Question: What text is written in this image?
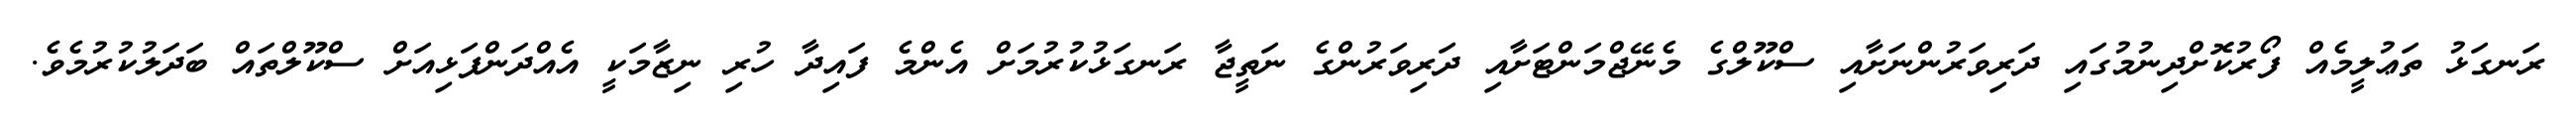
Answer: ރަނގަޅު ތަޢުލީމެއް ފޯރުކޮށްދިނުމުގައި ދަރިވަރުންނަށާއި ސްކޫލްގެ މެނޭޖްމަންޓަށާއި ދަރިވަރުންގެ ނަތީޖާ ރަނގަޅުކުރުމަށް އެންމެ ފައިދާ ހުރި ނިޒާމަކީ އެއްދަންފަޅިއަށް ސްކޫލްތައް ބަދަލުކުރުމެވެ.